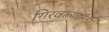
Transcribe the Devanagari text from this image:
गिरवल्यानंतर